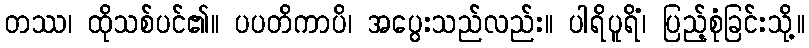
တဿ၊ ထိုသစ်ပင်၏။ ပပတိကာပိ၊ အပွေးသည်လည်း။ ပါရိပူရိံ၊ ပြည့်စုံခြင်းသို့။